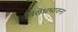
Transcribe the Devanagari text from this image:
विरोधभावना